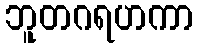
ဘူတဂရဟကာ